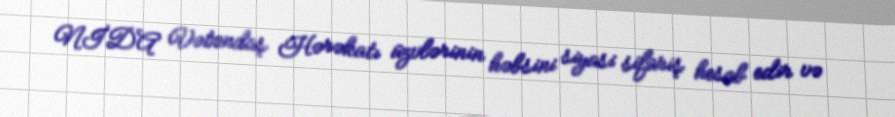
NİDA Vətəndaş Hərəkatı üzvlərinin həbsini siyasi sifariş hesab edir və